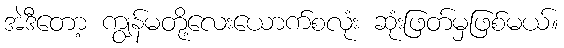
အဲဒီတော့ ကျွန်မတို့လေးယောက်စလုံး ဆုံးဖြတ်မှဖြစ်မယ်။